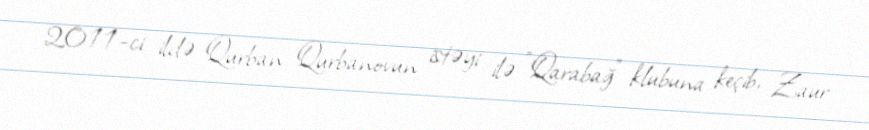
2011-ci ildə Qurban Qurbanovun istəyi ilə "Qarabağ" klubuna keçib, Zaur